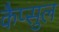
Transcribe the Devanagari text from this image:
कैप्सुल